Indian journal of veterinary science and animal husbandry - Volumes 15-17, 1948-1951
Year: 1948
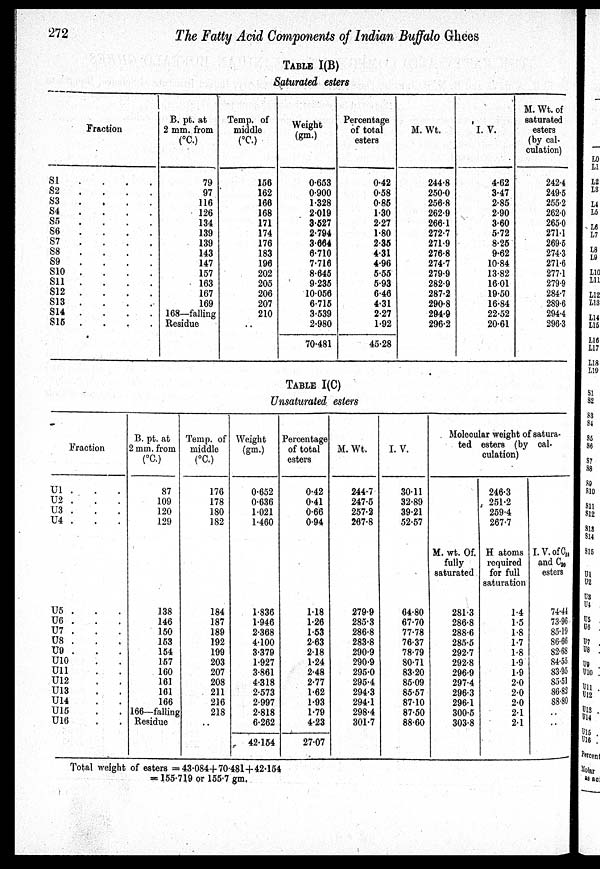
272
The Fatty Acid Components of Indian Buffalo Ghees
TABLE I(B)
Saturated esters
Fraction
S1 . . . .
S2
.
.
.
.
S3
.
.
.
.
S4
.
.
.
.
S5. . . . .
S6. . . . .
S7
.
.
.
.
S8
.
.
.
.
S9
.
.
.
.
S10 . . . .
S11 . . . .
S12 . . . .
S13 . . . .
S14 . . . .
S15 . . . .
B. pt. at
2 mm. from
(°C)
79
97
116
126
134
139
139
143
147
157
163
167
169
168—falling
Residue
Temp. of
middle
(ºC.)
156
162
166
168
171
174
176
183
196
202
205
206
207
210
..
Weight
(gm.)
0.653
0.900
1.328
2.019
3.527
2.794
3.664
6.710
7.716
8.645
9.235
10.056
6.715
3.539
2.980
70.481
Percentage
of total
esters
0.42
0.58
0.85
1.30
2.27
1.80
2.35
4.31
4.96
5.55
5.93
6.46
4.31
2.27
1.92
45.28
M. Wt.
244.8
250.0
256.8
262.9
266.1
272.7
271.9
276.8
274.7
279.9
282.9
287.2
290.8
294.9
296.2
I. V.
4.62
3.47
2.85
2.90
3.60
5.72
8.25
9.62
10.84
13.82
16.01
19.50
16.84
22.52
20.61
M. Wt. of
saturated
esters
(by cal-
culation)
242.4
249.5
255.2
262.0
265.0
271.1
269.5
274.3
271.6
277.1
279.9
284.7
289.6
294.4
296.3
TABLE I(C)
Unsaturated esters
Fraction
U1 . . .
U2 . . .
U3 . . .
U4 . . .
U5 . . .
U6 . . .
U7 . . .
U8 . . .
U9 . . .
U10 . . .
U11 . . .
U12 . . .
U13 . . .
U14 . . .
U15 . . .
U16 . . .
B. pt. at
2 mm. from
(ºC.)
87
109
120
129
138
146
150
153
154
157
160
161
161
166
166—falling
Residue
Temp.of
middle
(ºC.)
176
178
180
182
184
187
189
192
199
203
207
208
211
216
218
. .
Weight
(gm.)
0.652
0.636
1.021
1.460
1.836
1.946
2.368
4.100
3.379
1.927
3.861
4.318
2.573
2.997
2.818
6.262
42.154
Percentage
of total
esters
0.42
0.41
0.66
0.94
1.18
1.26
1.53
2.63
2.18
1.24
2.48
2.77
1.62
1.93
1.79
4.23
27.07
M.Wt.
244.7
247.5
257.2
267.8
279.9
285.3
286.8
283.8
290.9
290.9
295.0
295.4
294.3
294.1
298.4
301.7
I.V.
30.11
32.89
39.21
52.57
64.80
67.70
77.78
76.37
78.79
80.71
83.20
85.09
85.57
87.10
87.50
88.60
Molecular weight of satura-
ted esters (by cal-
culation)
M. wt. Of.
fully
saturated
281.3
286.8
288.6
285.5
292.7
292.8
296.9
297.4
296.3
296.1
300.5
303.8
246.3
251.2
259.4
267.7
H atoms
required
for full
saturation
1.4
1.5
1.8
1.7
1.8
1.9
1.9
2.0
2.0
2.0
2.1
2.1
I.V.of C 18
and C 20
esters
74.44
73.96
85.19
86.66
82.68
84.55.
83.95
85.51
86.82
88.80
..
..
Total weight of esters = 43.084+70.481+42.154
= 155.719 or 155.7 gm.